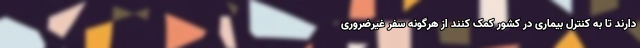
دارند تا به کنترل بیماری در کشور کمک کنند از هرگونه سفر غیرضروری